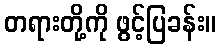
တရားတို့ကို ဖွင့်ပြခန်း။